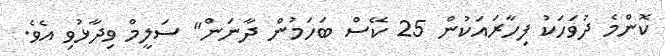
ކޮންމެ ދުވަހަކު ފިހާރައަކުން 25 ކޭސް ބަހަމުން ދާނަން" ސަލީމް ވިދާޅުވި އެވެ.